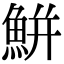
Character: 鮩